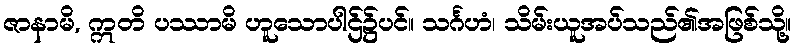
ဇာနာမိ, ဣတိ ပဿာမိ ဟူသောပါဌ်၌ပင်။ သင်္ဂဟံ၊ သိမ်းယူအပ်သည်၏အဖြစ်သို့။